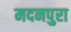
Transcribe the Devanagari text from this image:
मदनपुरा